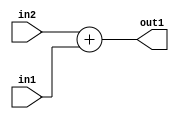
`timescale 1ps / 1ps
/*****************************************************************************
    Verilog RTL Description
    
    
    Created by: Stratus DpOpt 21.05.01 
*******************************************************************************/

module SobelFilter_Add_25Sx10U_25S_4 (
	in2,
	in1,
	out1
	); /* architecture "behavioural" */ 
input [24:0] in2;
input [9:0] in1;
output [24:0] out1;
wire [24:0] asc001;

assign asc001 = 
	+(in2)
	+(in1);

assign out1 = asc001;
endmodule

/* CADENCE  urnzTwE= : u9/ySxbfrwZIxEzHVQQV8Q== ** DO NOT EDIT THIS LINE ******/